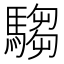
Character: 騶